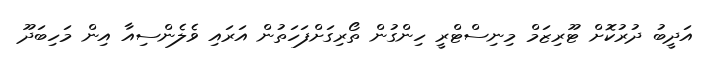
އަދީބު ދުރުކޮށް ޓޫރިޒަމް މިނިސްޓްރީ ހިންގުން ތޯރިގަށްފަހަތުން އަރައި ވެލެންސިއާ އިން މަހިބަދޫ